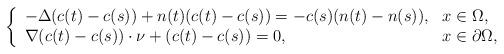
LaTeX: \begin{align*} \left\{\begin{array}{ll}-\Delta(c(t)-c(s))+n(t)(c(t)-c(s))=-c(s)(n(t)-n(s)), &x\in\Omega,\\ \nabla (c(t)-c(s))\cdot \nu+(c(t)-c(s))= 0, &x\in\partial\Omega, \end{array}\right.\end{align*}